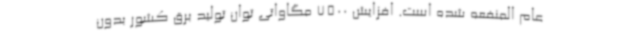
عام المنفعه شده است. افزایش 7500 مگاواتی توان تولید برق کشور بدون